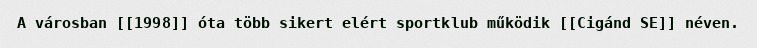
A városban [[1998]] óta több sikert elért sportklub működik [[Cigánd SE]] néven.